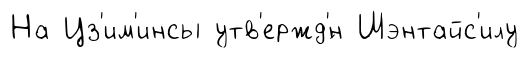
На Цз'им'инсы утв'ержд'́н Шэнтайс'илу